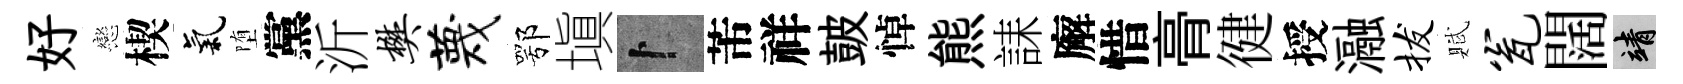
好戀楔氣堕黨沂樊蔑鄂塡卜芾祥皷悼熊誄廨惜𮌔徤授瀜拔賦瓮闊靖